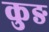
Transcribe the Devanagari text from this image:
कुङ